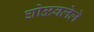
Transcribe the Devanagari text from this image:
घोळवलेले